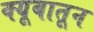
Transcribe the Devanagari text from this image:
क्यूबातून